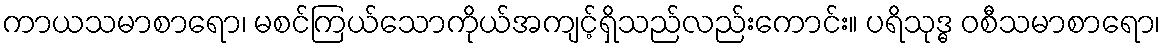
ကာယသမာစာရော၊ မစင်ကြယ်သောကိုယ်အကျင့်ရှိသည်လည်းကောင်း။ ပရိသုဒ္ဓ ဝစီသမာစာရော၊